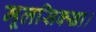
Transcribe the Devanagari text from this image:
मूलसिक्खा।